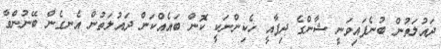
ދައުލަތުން ބުނެފައިވަނީ ޝާންގެ ދިފާއީ ހެކިންނަކީ ކޮން ބައެއްކަން ދައުލަތުން އެނގެން ބޭނުންވާ